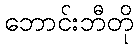
ဘောင်းဘီတို